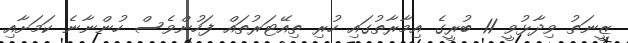
ޒީނަތު ވިދާޅުވީ 11 ބުރީގެ އިމާރާތުގައި ހުރި ތިއޭޓަރުތައް ފަހުންވެސް ހުންނާނެ ކަމަށާއި